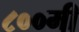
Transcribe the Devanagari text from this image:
८००मी